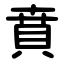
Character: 賁